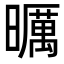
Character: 曞